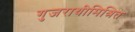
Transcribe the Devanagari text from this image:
गुजराथीमिश्रित